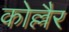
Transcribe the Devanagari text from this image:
कोल्लैर